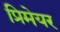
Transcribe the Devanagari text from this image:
प्रिमेयर